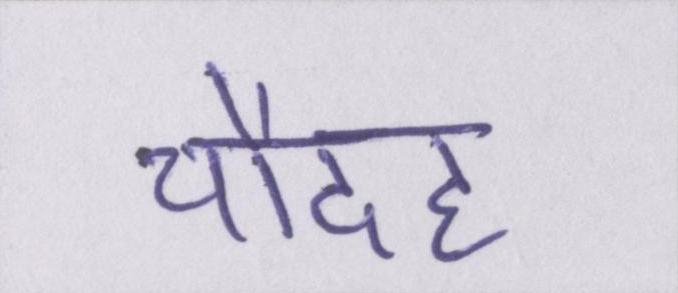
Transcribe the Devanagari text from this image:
चौदह